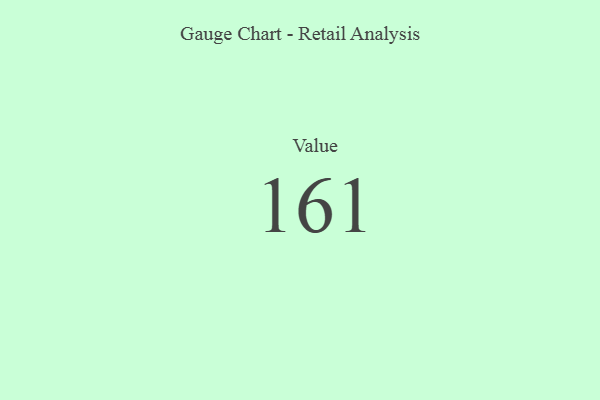
{"axis": {"x": "Metric", "y": "Value"}, "legend": [""], "data": [{"x": "Value", "y": 161, "type": ""}]}